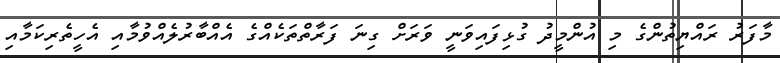
މާފަރު ރައްޔިތުންގެ މި އުންމީދު ގުޅިފައިވަނީ ވަރަށް ގިނަ ފަރާތްތަކެއްގެ އެއްބާރުލެއްވުމާއި އެހީތެރިކަމާއި